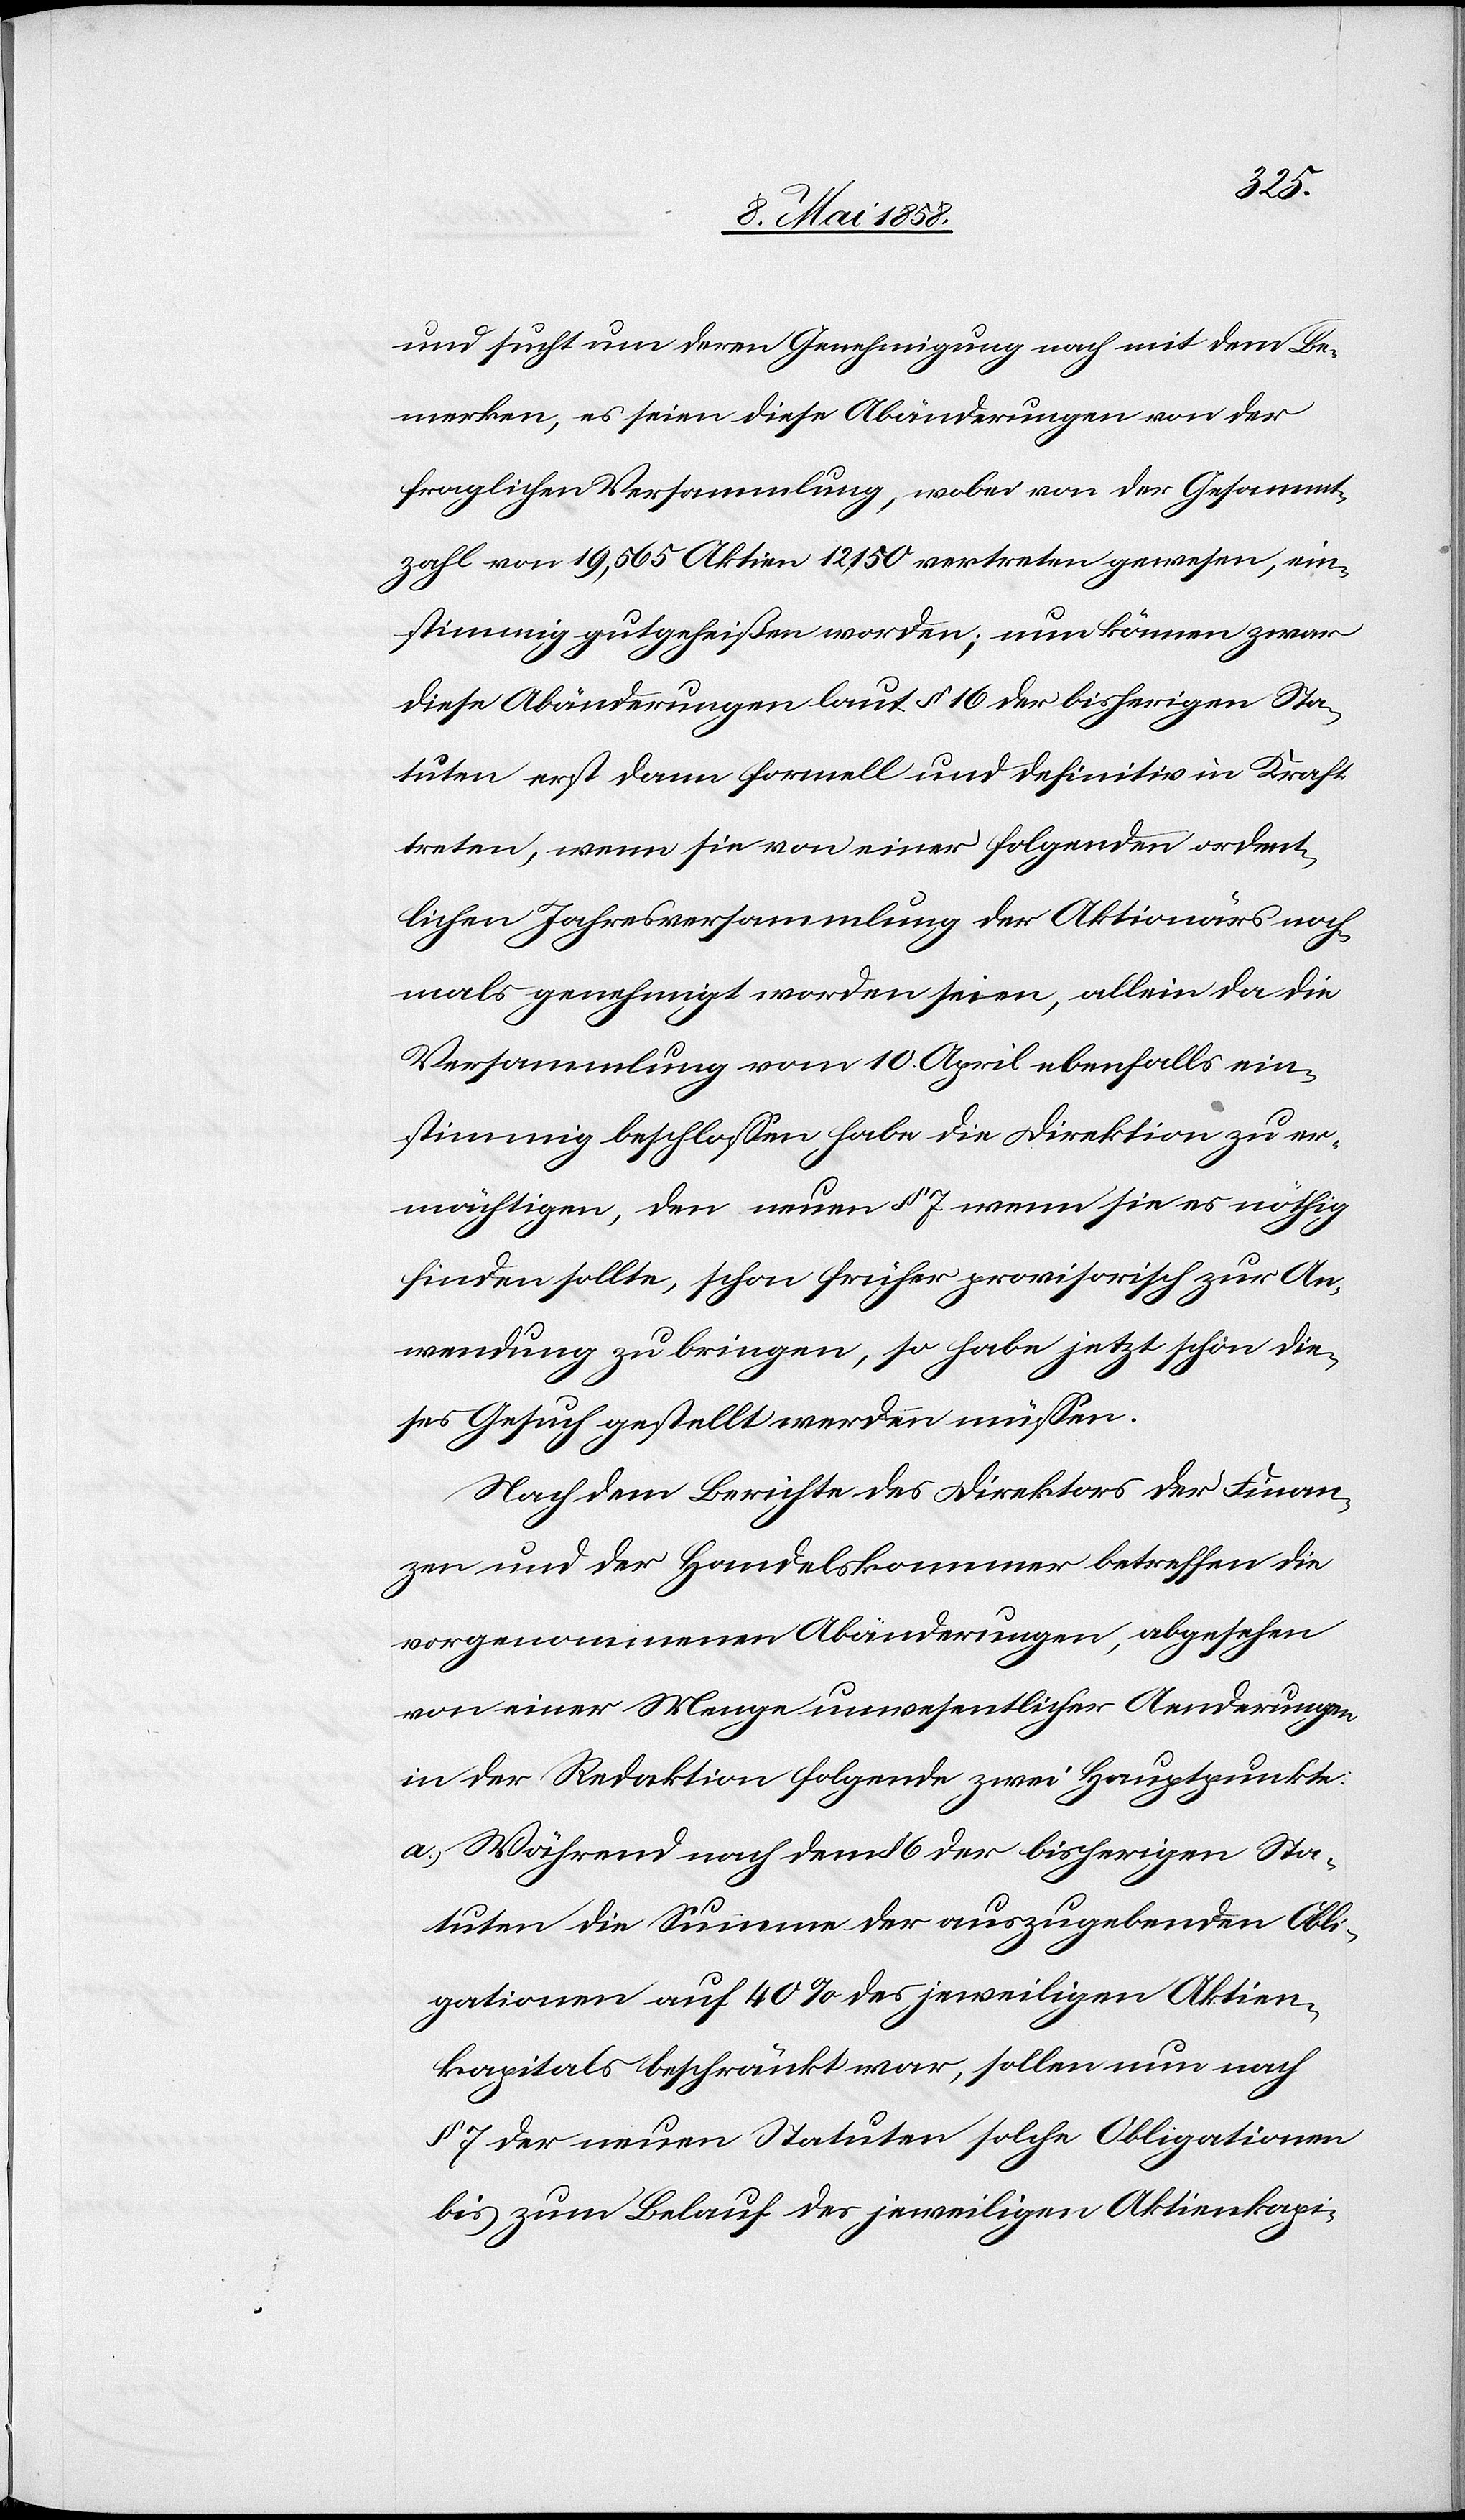
und sucht um deren Genehmigung nach mit dem Be¬
merken, es seien diese Abänderungen von der
fraglichen Versammlung, wobei von der Gesammt¬
zahl von 19,565 Aktien 12,150 vertreten gewesen, ein¬
stimmig gutgeheißen worden; nun können zwar
diese Abänderungen laut § 16 der bisherigen Sta¬
tuten erst dann formell und definitiv in Kraft
treten, wenn sie von einer folgenden ordent¬
lichen Jahresversammlung der Aktionärs noch¬
mals genehmigt worden seien, allein da die
Versammlung vom 10. April ebenfalls ein¬
stimmig beschlossen habe die Direktion zu er¬
mächtigen, den neuen § 7 wenn sie es nöthig
finden sollte, schon früher provisorisch zur An¬
wendung zu bringen, so habe jetzt schon die¬
ses Gesuch gestellt werden müssen.
Nach dem Berichte des Direktors der Finan¬
zen und der Handelskammer betreffen die
vorgenommenen Abänderungen, abgesehen
von einer Menge unwesentlicher Aenderungen
in der Redaktion folgende zwei Hauptpunkte:
a) Während nach dem § 6 der bisherigen Sta¬
tuten die Summe der auszugebenden Obli¬
gationen auf 40% des jeweiligen Aktien¬
kapitals beschränkt war, sollen nun nach
§ 7 der neuen Statuten solche Obligationen
bis zum Belauf des jeweiligen Aktienkapi-